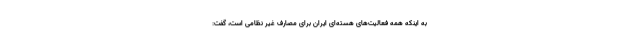
به اینکه همه فعالیت‌های هسته‌ای ایران برای مصارف غیر نظامی است، گفت: